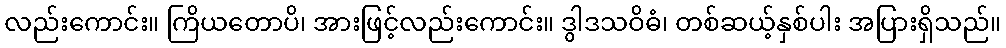
လည်းကောင်း။ ကြိယတောပိ၊ အားဖြင့်လည်းကောင်း။ ဒွါဒသဝိဓံ၊ တစ်ဆယ့်နှစ်ပါး အပြားရှိသည်။